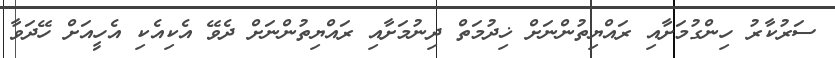
ސަރުކާރު ހިންގުމަށާއި ރައްޔިތުންނަށް ޚިދުމަތް ދިނުމަށާއި ރައްޔިތުންނަށް ދެވޭ އެކިއެކި އެހީއަށް ހޭދަވާ